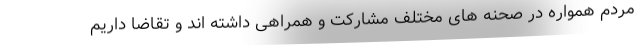
مردم همواره در صحنه های مختلف مشارکت و همراهی داشته اند و تقاضا داریم